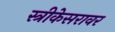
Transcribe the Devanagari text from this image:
स्त्रीकेसरावर